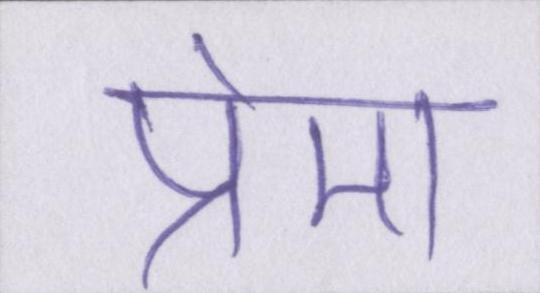
प्रेमा